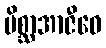
မိစ္ဆာအာဇီဝေ